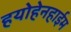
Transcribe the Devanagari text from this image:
हयोहेनहाईम